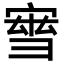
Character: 𡩝